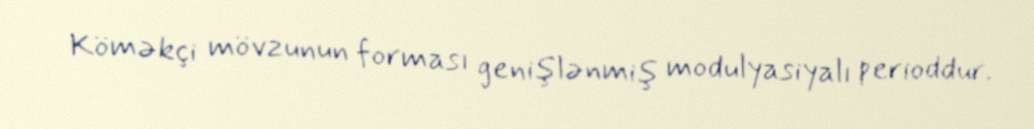
Köməkçi mövzunun forması genişlənmiş modulyasiyalı perioddur.